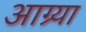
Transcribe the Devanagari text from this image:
आग्र्या